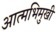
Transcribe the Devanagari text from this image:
आत्मभिमुखी